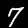
Label: 7